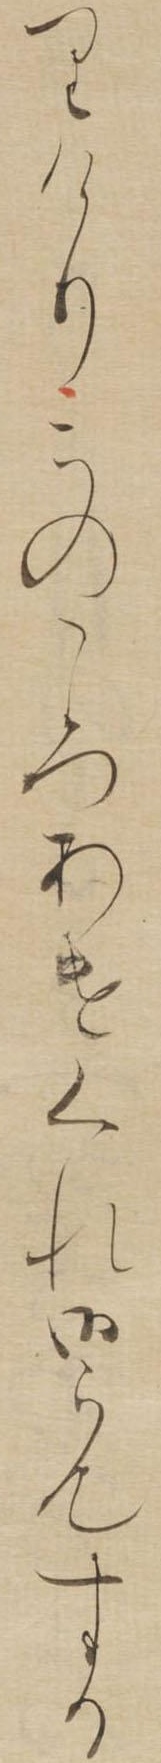
りけりこのころあけくれ御らんする